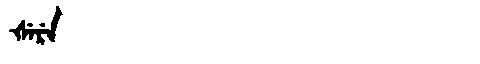
Manchu: ᡧᡝᡵᡝ
Romanization: ŠERE